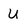
Character: U